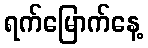
ရက်မြောက်နေ့